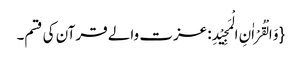
{وَ الْقُرْاٰنِ الْمَجِیْدِ: عزت والے قرآن کی قسم۔